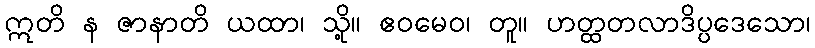
ဣတိ န ဇာနာတိ ယထာ၊ သို့။ ဧဝမေဝ၊ တူ။ ဟတ္ထတလာဒိပ္ပဒေသော၊